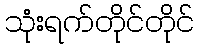
သုံးရက်တိုင်တိုင်